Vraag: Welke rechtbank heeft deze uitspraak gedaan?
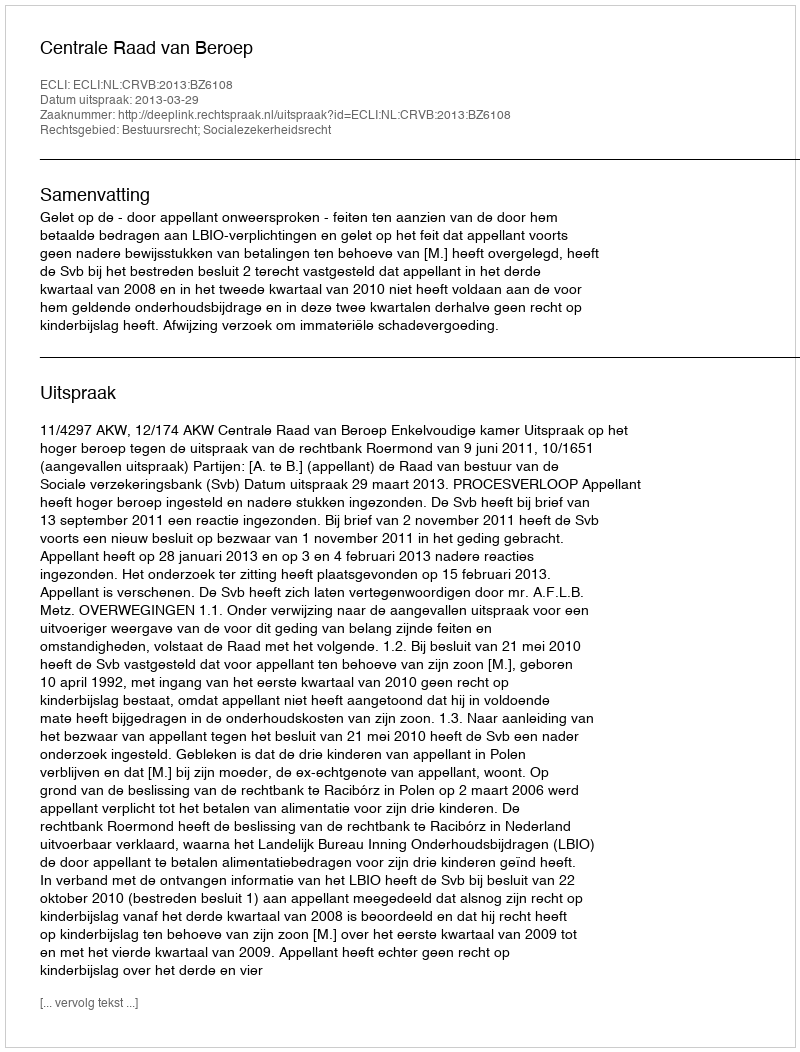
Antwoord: Centrale Raad van Beroep